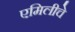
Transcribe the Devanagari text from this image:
एमिलीचे